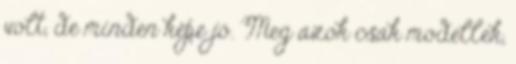
volt, de minden képe jó. Meg azok csak modellek,